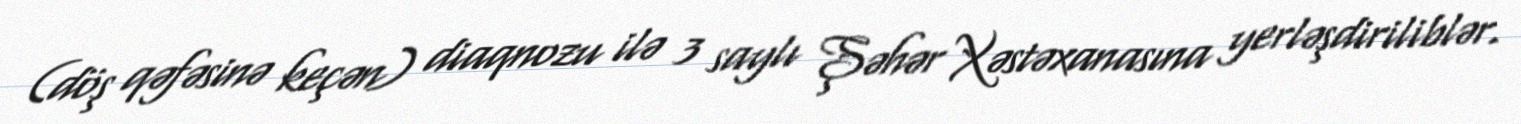
(döş qəfəsinə keçən) diaqnozu ilə 3 saylı Şəhər Xəstəxanasına yerləşdiriliblər.